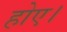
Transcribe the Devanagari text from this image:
होए।